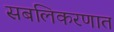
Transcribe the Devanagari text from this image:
सबलिकरणात